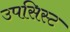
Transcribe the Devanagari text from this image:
उपसिस्ट